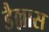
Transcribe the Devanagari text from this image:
डैल्लास